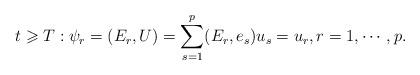
LaTeX: \begin{align*}t\geqslant T:\psi_r = (E_r, U) = \sum_{s=1}^p (E_r, e_s)u_s= u_r, r=1, \cdots, p.\end{align*}